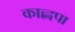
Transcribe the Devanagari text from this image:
काह्नपा